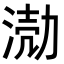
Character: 𭱅